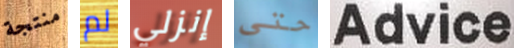
منتجة لم إنزلي حتى Advice